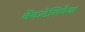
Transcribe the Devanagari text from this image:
वेंकटेशिवैया